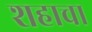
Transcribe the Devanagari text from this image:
शहाचा